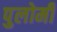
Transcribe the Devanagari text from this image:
पुलोमी